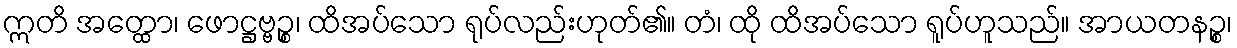
ဣတိ အတ္ထော၊ ဖောဋ္ဌဗ္ဗဉ္စ၊ ထိအပ်သော ရုပ်လည်းဟုတ်၏။ တံ၊ ထို ထိအပ်သော ရူပ်ဟူသည်။ အာယတနဉ္စ၊